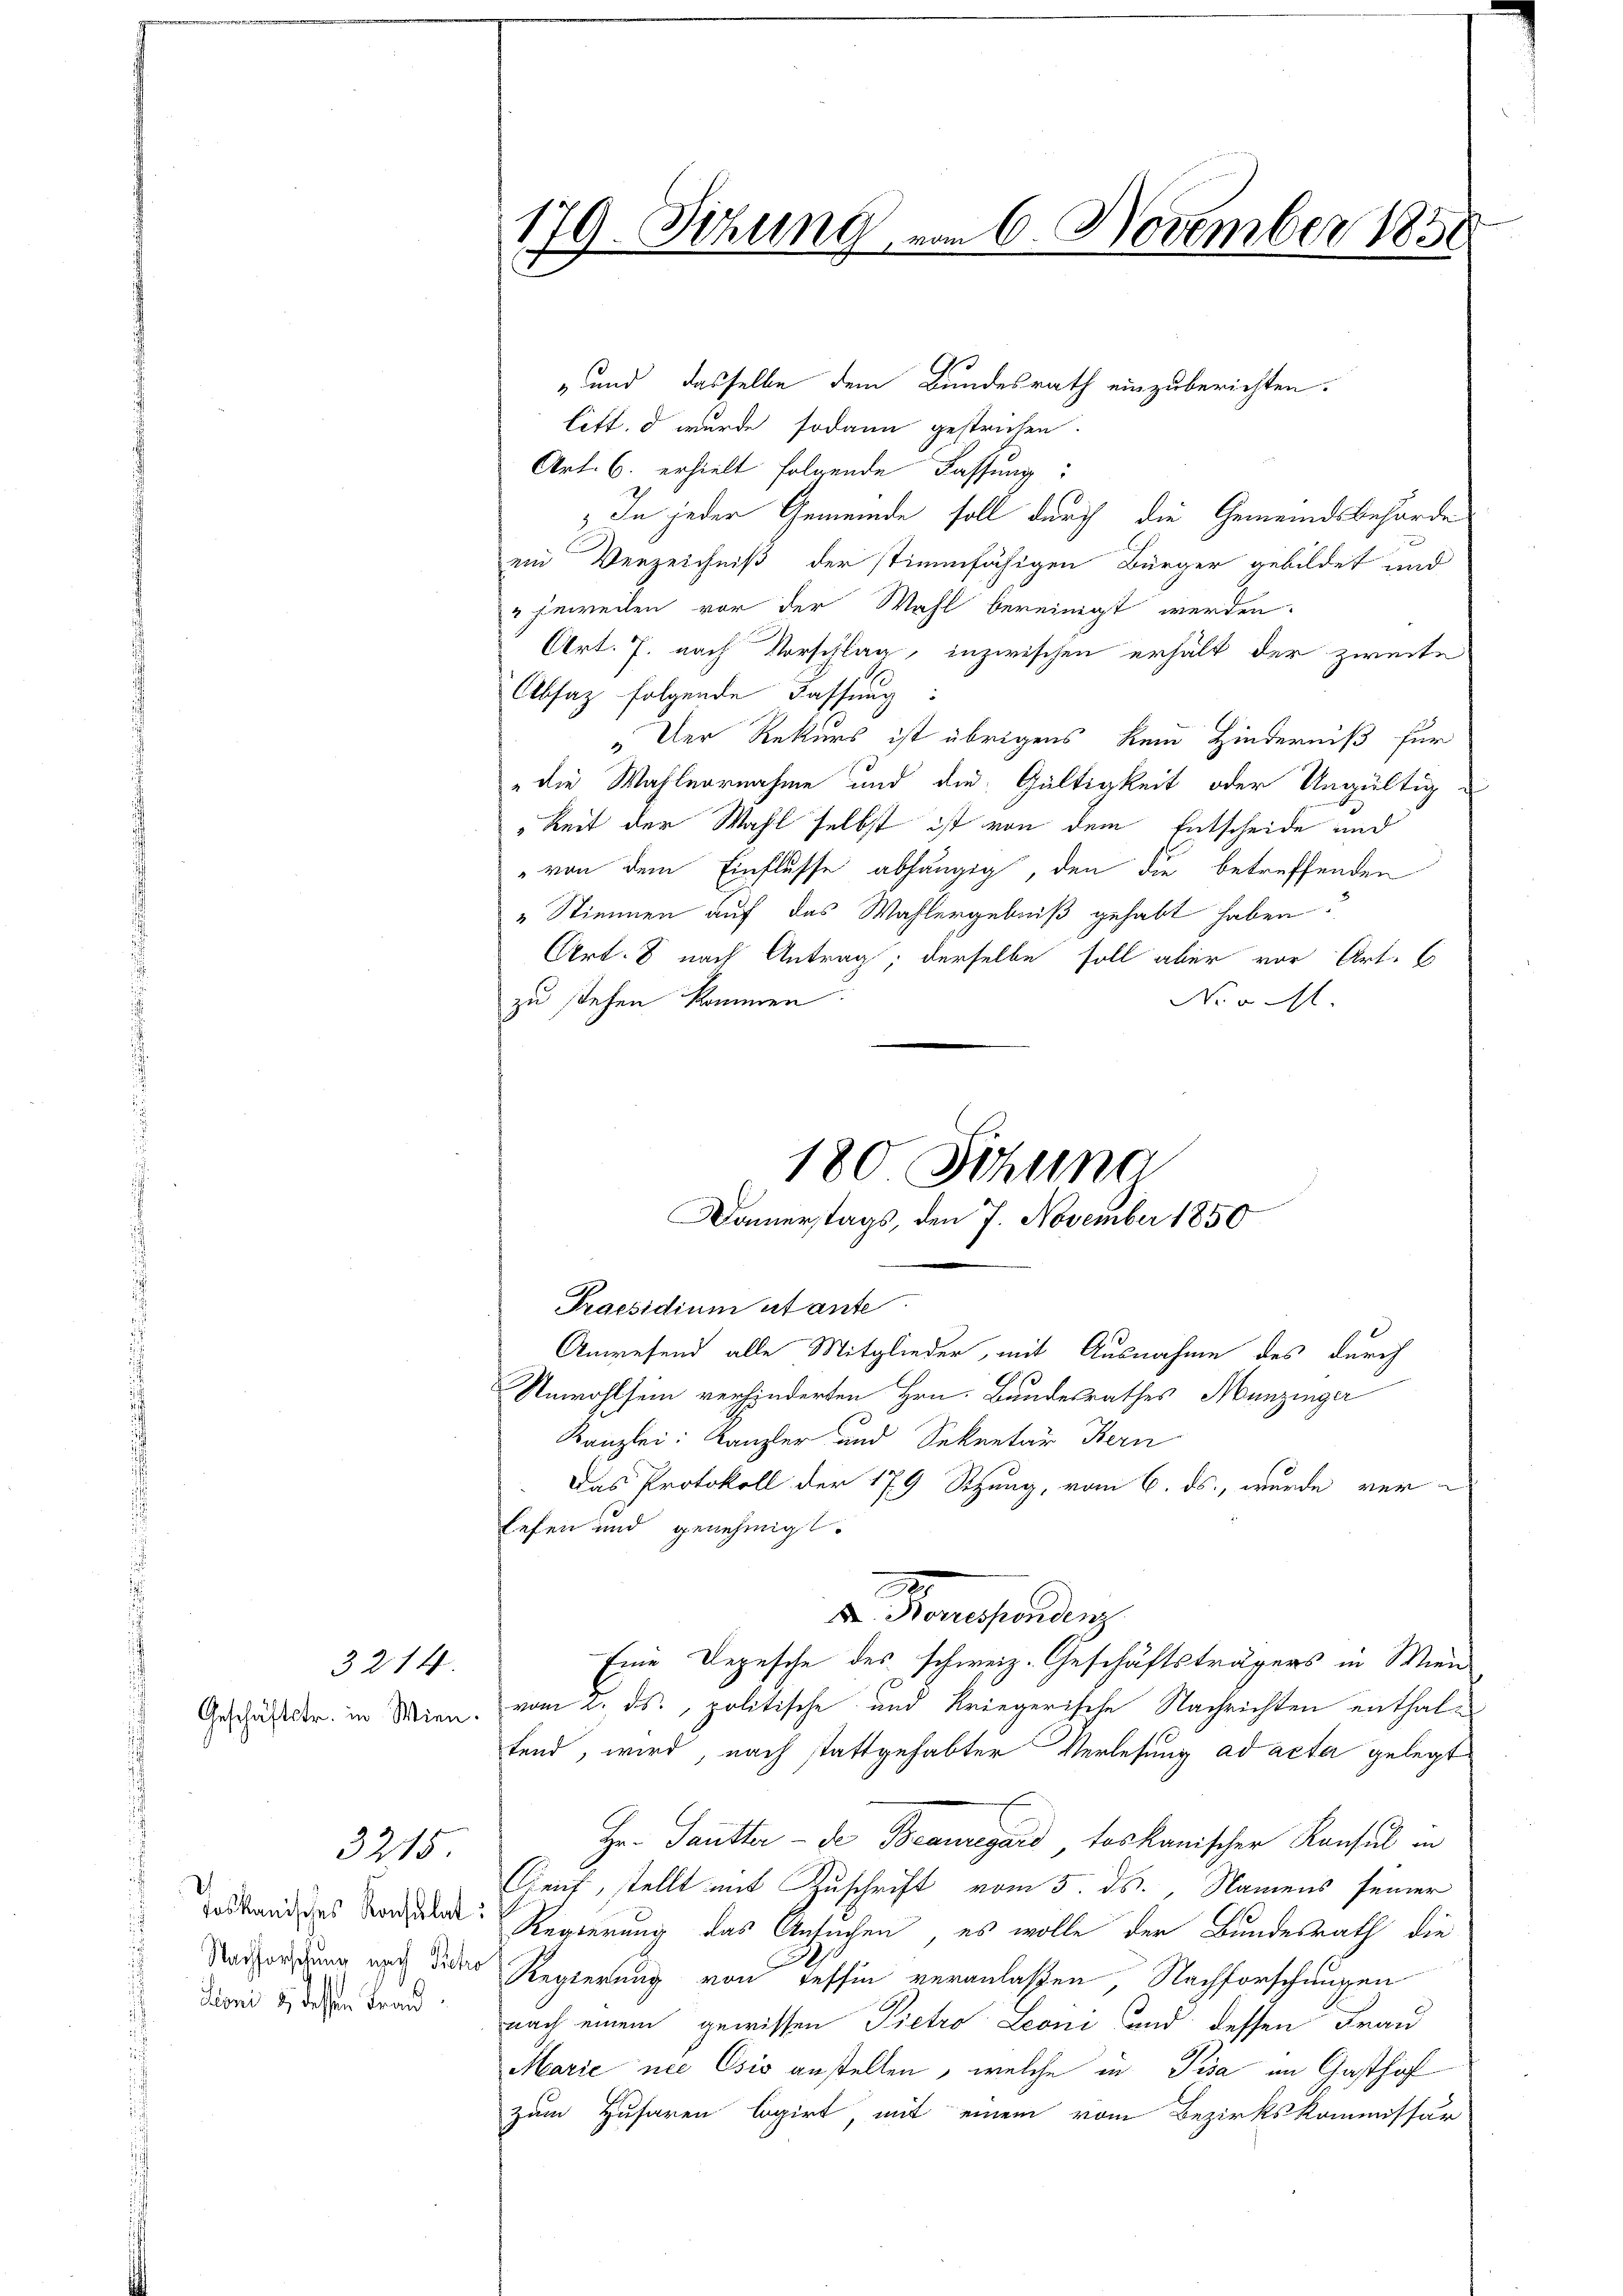
3214.

Geschäftstr. in Wien.

3215

Juoni u. dessen Tran

Tehung, vom 6. November 1850
179.
x

„und dasselbe dem Bundesrath einzuberichten.
Litt. d wurde sodann gestrichen.
Art. 6. erhielt folgende Fassung:
In jeder Gemeinde soll durch die Gemeindsbehörde
ein Verzeichniß der stimmfähigen Bürger gebildet und
" jeweilen vor der Wahl bereinigt werden.
Art. 7. nach Vorschlag, inzwischen erhält der zweite
Absatz folgende Fassung:
 Der Rekurs ist übrigens kein Hinderniß für
die Wahlvornahme und die Gültigkeit oder Ungültig-
Zeit der Wahl selbst ist von dem Entscheide und
von dem Einflusse abhängig, den die betreffenden
" Stimmen auf das Wahlergebniß gehabt haben.
Art. 8 nach Antrag; derselbe soll aber vor Art. 6
No u. ist.
zu stehen kommen.
180 Sitzung

Anwesend alle Mitglieder, mit Ausnahme des durch
Unwohlsein verhinderten Hrn. Bandesrathes Munzinger
Kanzlei: Kanzler und Sekretär Bern
Das Protokoll der 179 Sitzung, vom 6. ds., wurde verlefen und genehmigt.
2
X. Norrespondenz
Eine Depesche des schweiz. Geschäftsträgers in Wien
vom 2. ds., politische und Kriegerische Nachrichten enthalfend, wird, nach stattgehabter Verlesung ad acta gelegt
Hr. Sautter - de Beauregard toskanischer Konsul in
Greif, stellt mit Zuschrift vom 5. ds., Namens seiner
deskandisches Vorlat: Regierung das Ansuchen, es wolle der Bundesrath die
Nachforschung nach dider Regierung von Tessin veranlassen, Nachforschungen
nach einem gewissen Pietro Leoni und dessen Fran
Marie nec Csio anstellen, welche in Pisa im Gasthof
zum Husaren logirt, mit einem vom Bezirkskommissär

Damerstags, den 7. November 1850
Praesidium utante.